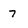
Character: 7